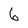
Character: 6